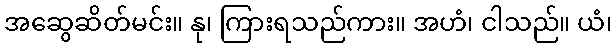
အဆွေဆိတ်မင်း။ နု၊ ကြားရသည်ကား။ အဟံ၊ ငါသည်။ ယံ၊